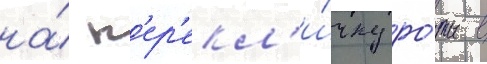
на́ п'ер'екл'и́чку ро́ты в